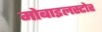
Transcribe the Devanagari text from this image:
मोबाइलस्टोर